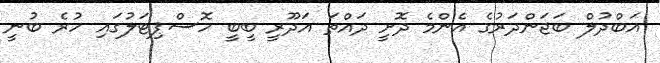
އަބްދުލް ބަޖަންދަރުގެ އެންމެ ދޮށީ ދައްތަ އަދޫރީ ބީބީ ހޮސްޕިޓަލުގައި ހުރެ ބުނީ